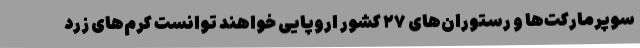
سوپرمارکت‌ها و رستوران‌های ۲۷ کشور اروپایی خواهند توانست کرم‌های زرد